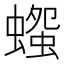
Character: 𧐫